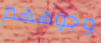
وجوههم